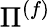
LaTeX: \Pi^{(f)}